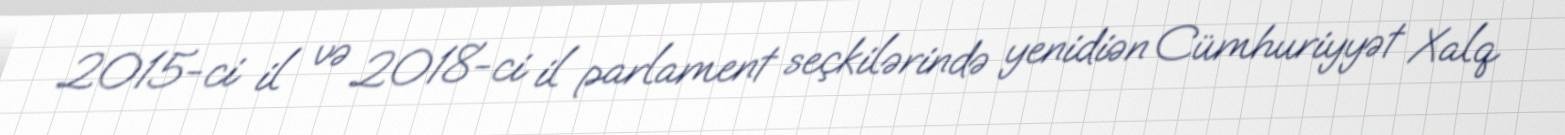
2015-ci il və 2018-ci il parlament seçkilərində yenidiən Cümhuriyyət Xalq